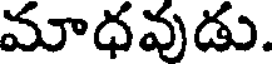
మాధవుడు.